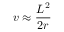
v \approx { \frac { L ^ { 2 } } { 2 r } }